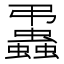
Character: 𧔨